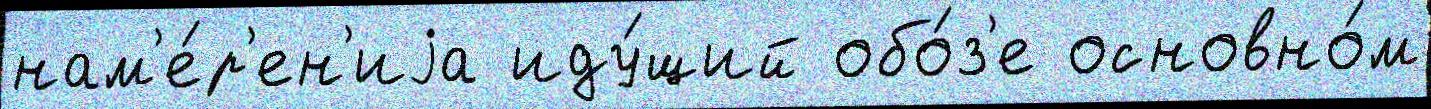
нам'е́р'ен'иjа иду́щий обо́з'е основно́м